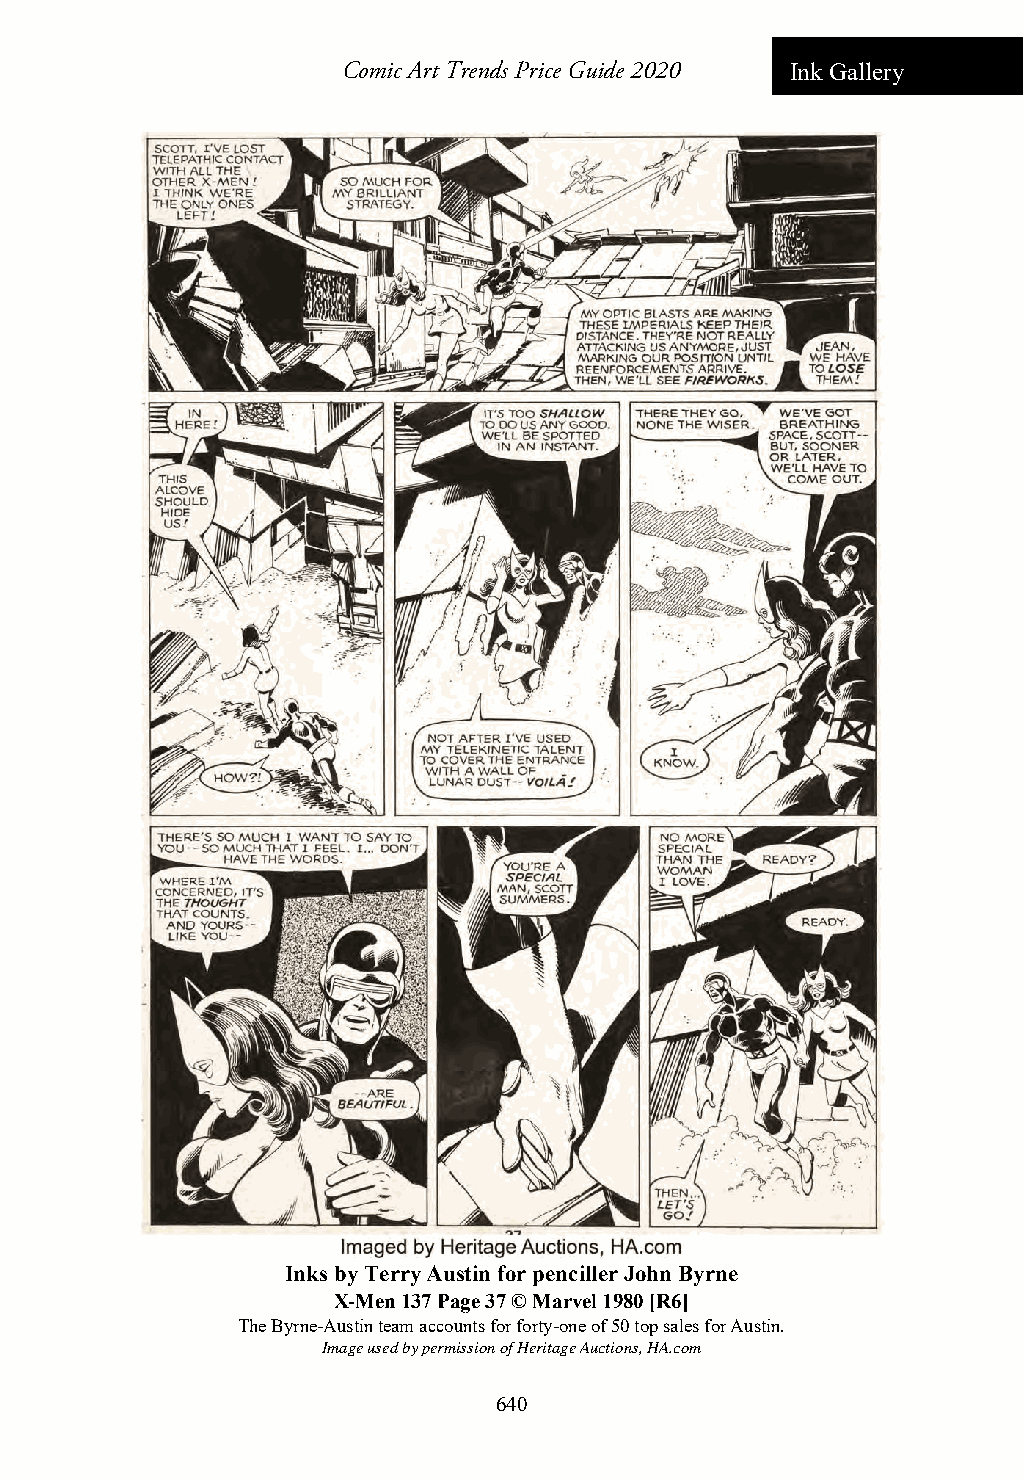
Comic Art Trends Price Guide 2020 Ink Gallery
 Inks by Terry Austin for penciller John Byrne
 X-Men 137 Page 37 © Marvel 1980 [R6]
 The Byrne-Austin team accounts for forty-one of 50 top sales for Austin.
 Image used by permission of Heritage Auctions, HA.com
 640